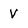
Character: V